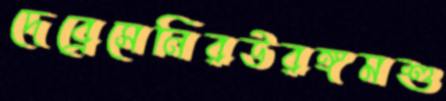
দেব্রেসেনিরউরঙ্গমশু